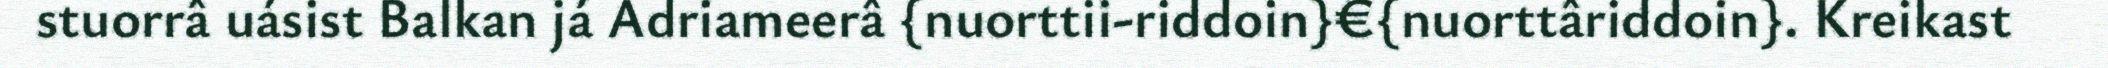
stuorrâ uásist Balkan já Adriameerâ {nuorttii-riddoin}€{nuorttâriddoin}. Kreikast